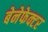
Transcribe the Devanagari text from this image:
बेनेफेक्टर